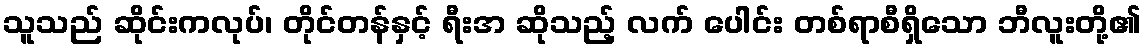
သူသည် ဆိုင်းကလုပ်၊ တိုင်တန်နှင့် ရီးအ ဆိုသည့် လက် ပေါင်း တစ်ရာစီရှိသော ဘီလူးတို့၏